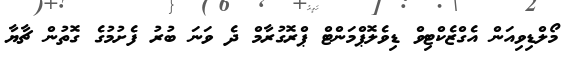
މޯލްޑިވިއަން އެގްޒެކްޓިވް ޑިވެލޮޕްމަންޓް ޕްރޮގުރާމް ދެ ވަނަ ބުރު ފެށުމުގެ ގޮތުން ޗާޔާ